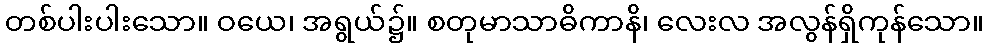
တစ်ပါးပါးသော။ ဝယေ၊ အရွယ်၌။ စတုမာသာဓိကာနိ၊ လေးလ အလွန်ရှိကုန်သော။